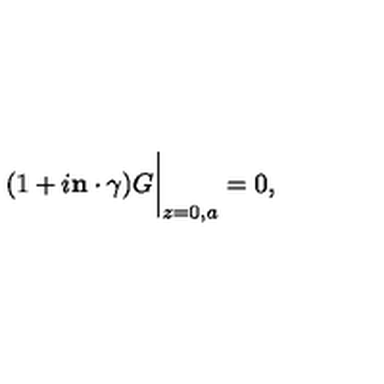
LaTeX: ( 1 + i { \bf n } \cdot \mathrm { \boldmath { \gamma } } ) G \bigg | _ { z = 0 , a } = 0 ,